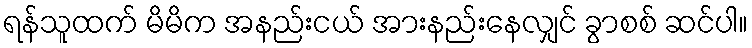
ရန်သူထက် မိမိက အနည်းငယ် အားနည်းနေလျှင် ခွာစစ် ဆင်ပါ။